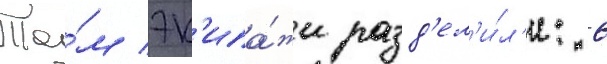
Та́м эк'ипа́жи разд'ел'и́л'и: 6